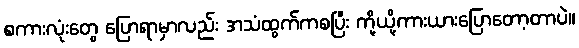
စကားလုံးတွေ ပြောရာမှာလည်း အသံထွက်ကစပြီး ကို့ယို့ကားယားပြောတော့တာပဲ။